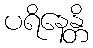
ပရိနေန္တိ